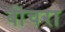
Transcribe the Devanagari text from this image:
बोचरा